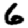
Digit: 6